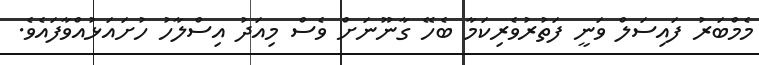
މެމްބަރު ފައިސަލް ވަނީ ފަތުރުވެރިކަމާ ބެހޭ ގާނޫނަށް ވެސް މިއަދު އިސްލާހު ހުށައަޅުއްވާފައެވެ.